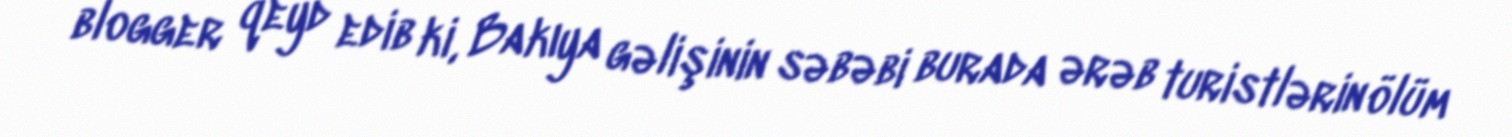
blogger qeyd edib ki, Bakıya gəlişinin səbəbi burada ərəb turistlərin ölüm